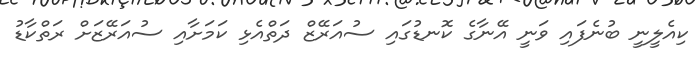
ކިއެލީނީ ބުނެފައި ވަނީ އޭނާގެ ކޮނޑުގައި ސުއަރޭޒް ދަތްއެޅި ކަމަށާއި ސުއަރޭޒަށް ރަތްކާޑު